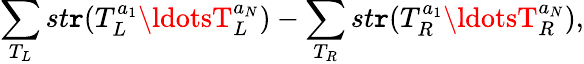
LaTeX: \sum_{T_{L}}st\mathtt{r}(T_{L}^{a_{1}}\ldotsT_{L}^{a_{N}})-\sum_{T_{R}}st\mathtt{r}(T_{R}^{a_{1}}\ldotsT_{R}^{a_{N}}),